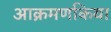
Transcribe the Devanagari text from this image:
आक्रमणकिया